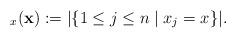
LaTeX: \begin{align*}_x(\mathbf{x}):= | \{ 1\leq j\leq n\mid x_j=x\} | .\end{align*}